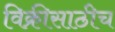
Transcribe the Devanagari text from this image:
विक्रीसाठीच